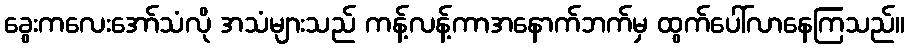
ခွေးကလေးအော်သံလို အသံများသည် ကန့်လန့်ကာအနောက်ဘက်မှ ထွက်ပေါ်လာနေကြသည်။